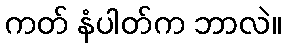
ကတ် နံပါတ်က ဘာလဲ။